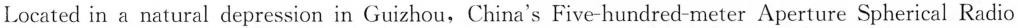
Located in a natural depression in Guizhou,China's Five-hundred-meter Aperture Spherical Radio